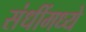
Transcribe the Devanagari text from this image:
संधींमध्ये